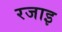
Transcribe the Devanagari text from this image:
रजाइ